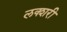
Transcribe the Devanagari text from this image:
लक्शरी